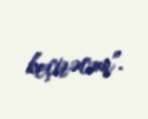
keçirəcəm".